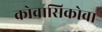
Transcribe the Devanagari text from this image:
कोवासिकोवा